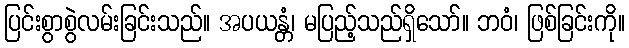
ပြင်းစွာစွဲလမ်းခြင်းသည်။ အပယန္တံ၊ မပြည့်သည်ရှိသော်။ ဘဝံ၊ ဖြစ်ခြင်းကို။